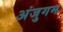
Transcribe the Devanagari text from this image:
अंजुगम